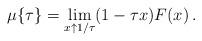
LaTeX: \begin{align*}\mu\{\tau\} = \lim_{x\uparrow 1/\tau} (1-\tau x)F(x)\,.\end{align*}